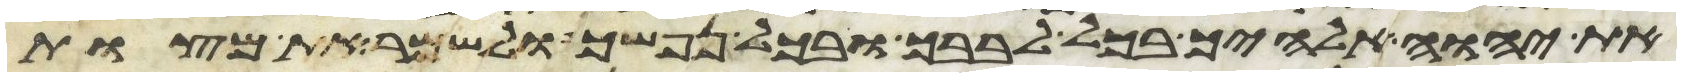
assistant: את יהוה אלהיך בכל לבבך ובכל נפשך ולשמר את מצות